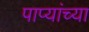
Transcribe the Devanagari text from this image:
पाप्यांच्या